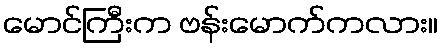
မောင်ကြီးက ဗန်းမောက်ကလား။